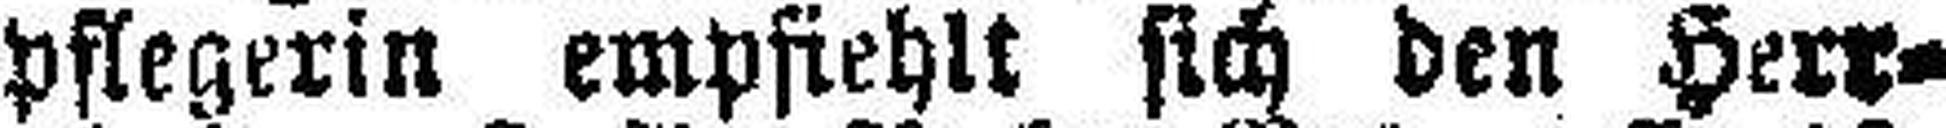
pflegerin empfiehlt sich den Herr¬